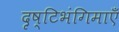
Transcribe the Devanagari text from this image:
दृष्टिभंगिमाएँ